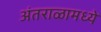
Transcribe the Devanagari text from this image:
अंतराळामध्ये